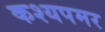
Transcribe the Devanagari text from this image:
कश्यपमर